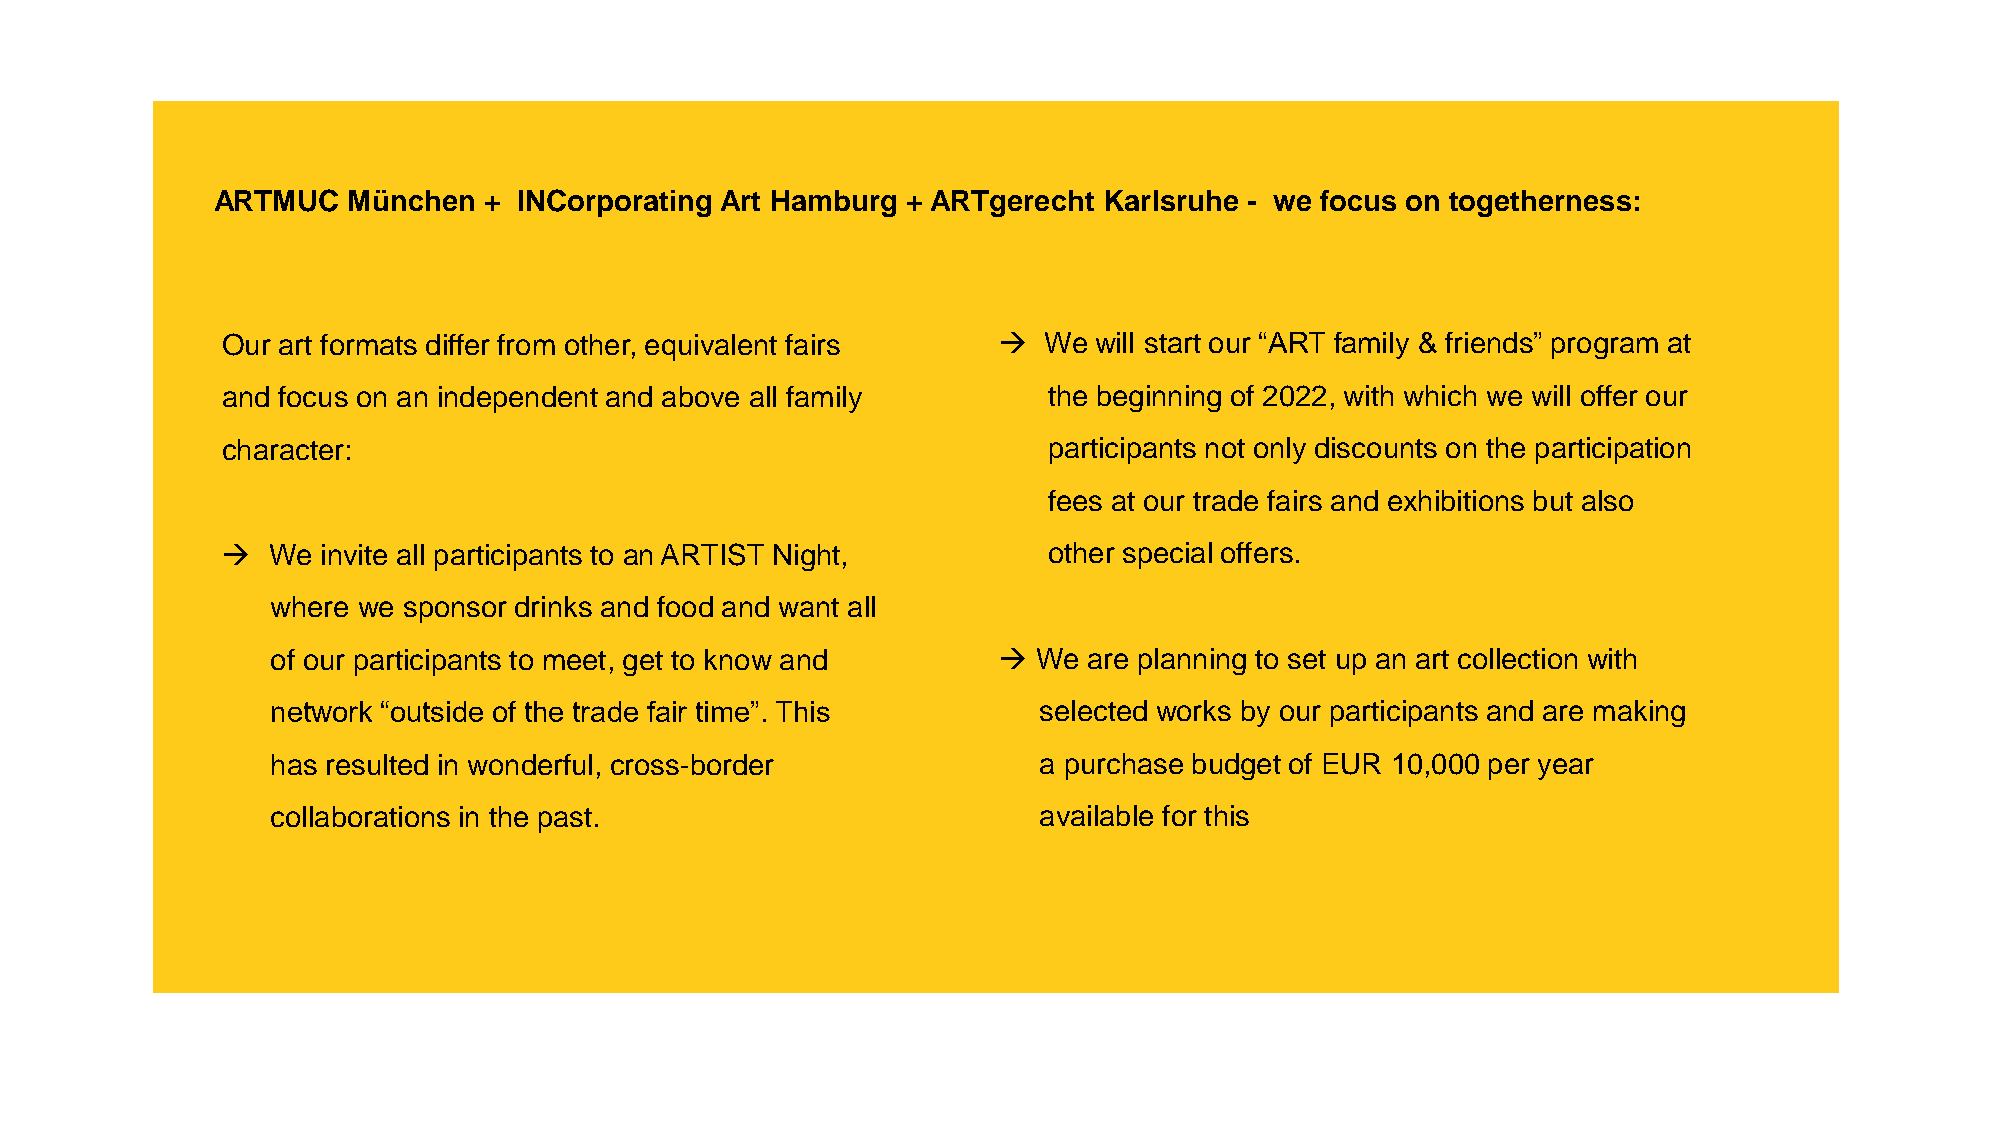
ARTMUC   München  + INCorporating Art Hamburg + ARTgerecht Karlsruhe - we focus on togetherness:
 Our art formats differ from other, equivalent fairs → We will start our “ART family & friends” program at
 and focus on an independent and above all family      the beginning of 2022, with which we will offer our
 character:                                            participants not only discounts on the participation
 fees at our trade fairs and exhibitions but also
 →  We invite all participants to an ARTIST Night,     other special offers.
 where we sponsor drinks and food and want all
 of our participants to meet, get to know and    →  We are planning to set up an art collection with
 network “outside of the trade fair time”. This     selected works by our participants and are making
 has resulted in wonderful, cross-border            a purchase budget of EUR 10,000 per year
 collaborations in the past.                        available for this